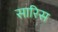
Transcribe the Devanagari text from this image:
सारिस